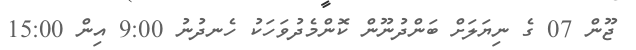
ޖޫން 07 ގެ ނިޔަލަށް ބަންދުނޫން ކޮންމެދުވަހަކު ހެނދުނު 9:00 އިން 15:00